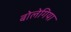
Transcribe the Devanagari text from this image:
बोलेगिया